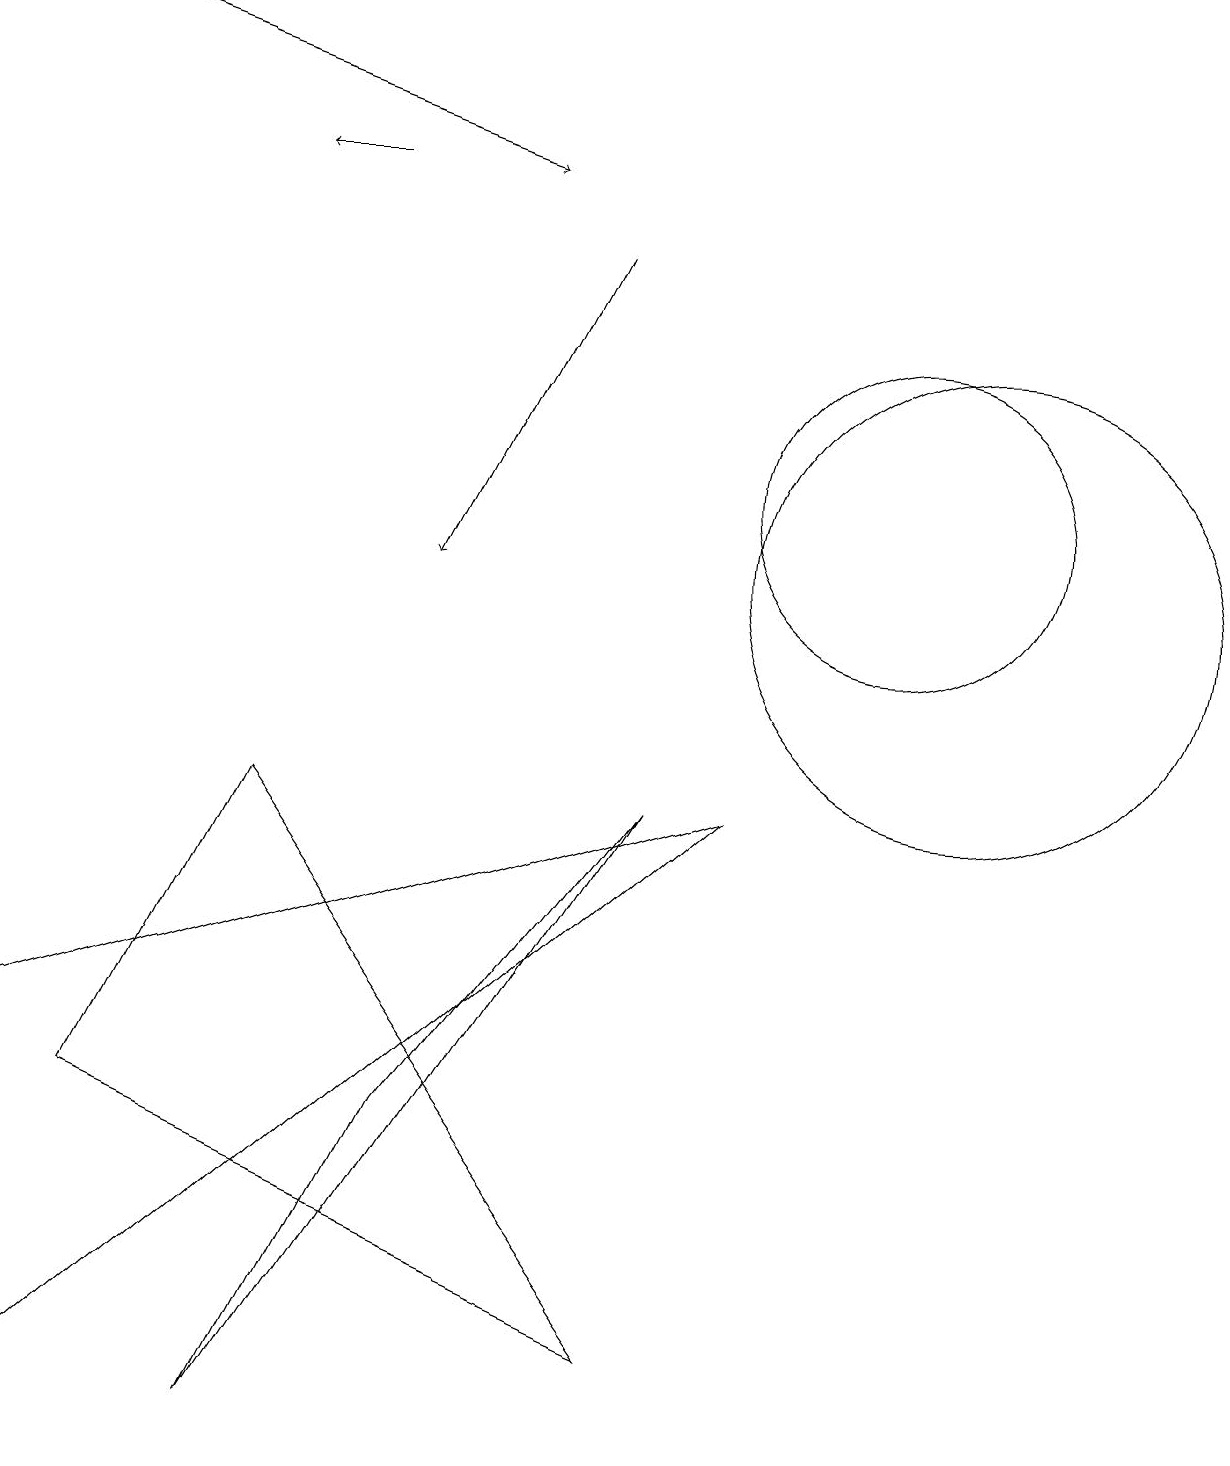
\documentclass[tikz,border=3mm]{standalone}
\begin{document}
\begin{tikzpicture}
\draw[->] (4,16) -- (3,16);
\draw (3,0) -- (5,4) -- (8,8) -- cycle;
\draw[->] (0,18) -- (6,16);
\draw (11,12) circle (2);
\draw (1,4) -- (3,8) -- (8,1) -- cycle;
\draw[->] (7,15) -- (5,11);
\draw (0,5) -- (0,0) -- (9,8) -- cycle;
\draw (12,11) circle (3);
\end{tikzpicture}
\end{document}